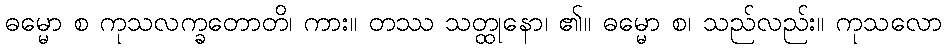
ဓမ္မော စ ကုသလက္ခတောတိ၊ ကား။ တဿ သတ္ထုနော၊ ၏။ ဓမ္မော စ၊ သည်လည်း။ ကုသလော